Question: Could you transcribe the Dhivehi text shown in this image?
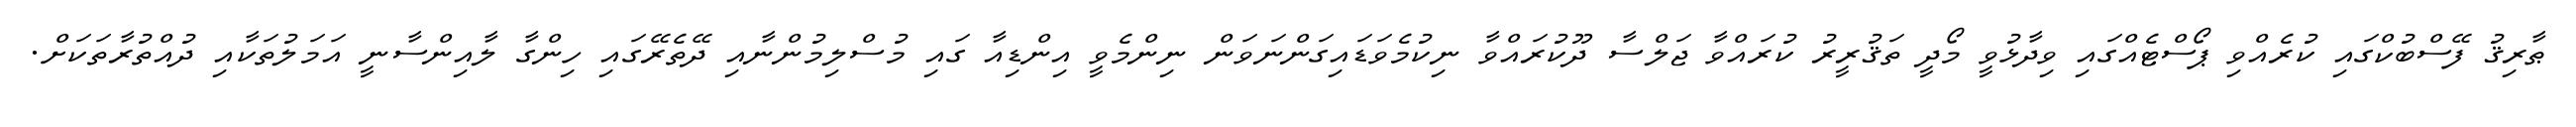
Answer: ޠާރިޤު ފޭސްބުކްގައި ކުރެއްވި ޕޯސްޓެއްގައި ވިދާޅުވީ މޯދީ ތަޤުރީރު ކުރައްވާ ޖަލްސާ ދޫކުރައްވާ ނިކުމެވަޑައިގަންނަވަން ނިންމެވީ އިންޑިއާ ގައި މުސްލިމުންނާއި ދޭތެރޭގައި ހިންގާ ލާއިންސާނީ އަމަލުތަކާއި ދުއްތުރާތަކަށް.